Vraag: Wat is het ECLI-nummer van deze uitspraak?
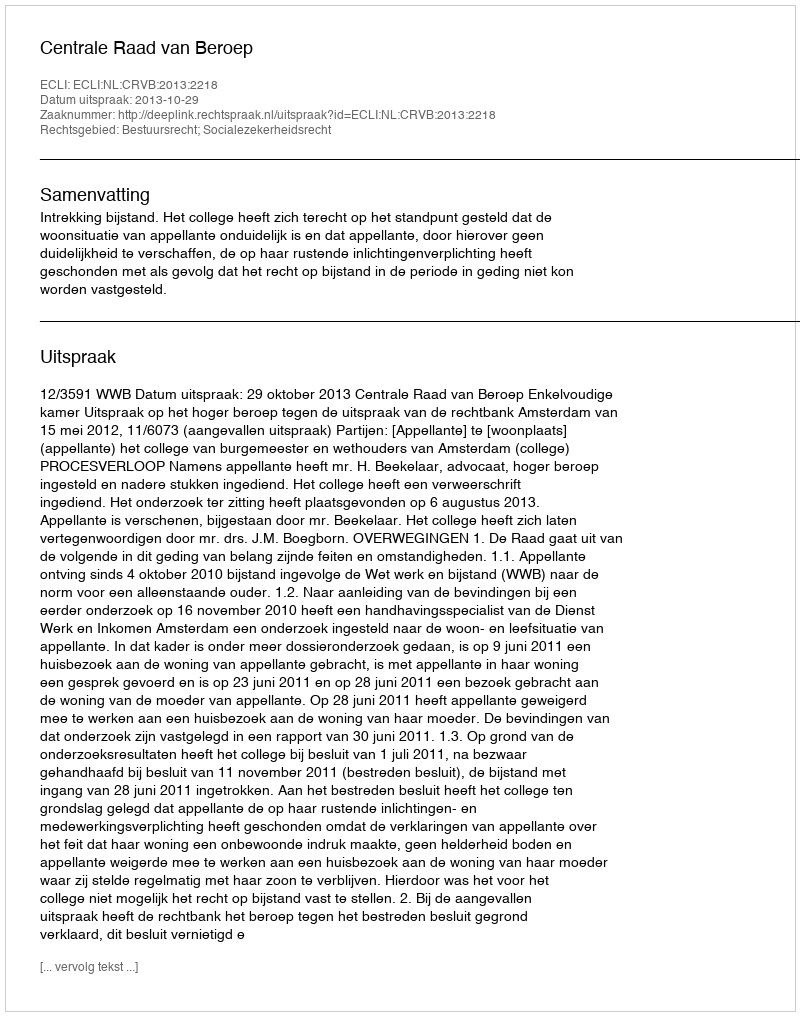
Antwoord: ECLI:NL:CRVB:2013:2218